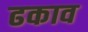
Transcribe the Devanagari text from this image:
ढकाव